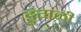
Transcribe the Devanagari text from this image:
डुंगळी